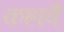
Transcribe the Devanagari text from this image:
कहावै